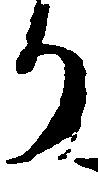
り